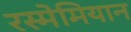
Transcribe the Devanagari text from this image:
रस्मेमियान